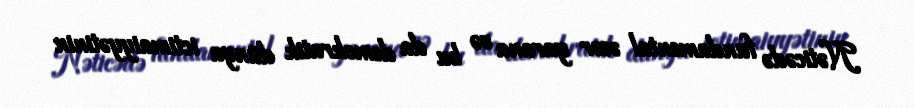
Nəticədə fundamental əsər yarana və bu da demokratik dünya ictimaiyyətinin